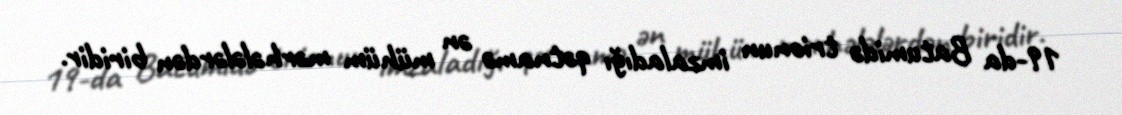
19-da Batumidə trionun imzaladığı qətnamə ən mühüm mərhələlərdən biridir.